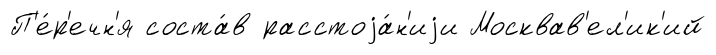
П'е́р'ечн'я соста́в расстоjа́н'иjи Москвав'ел'ик'ий